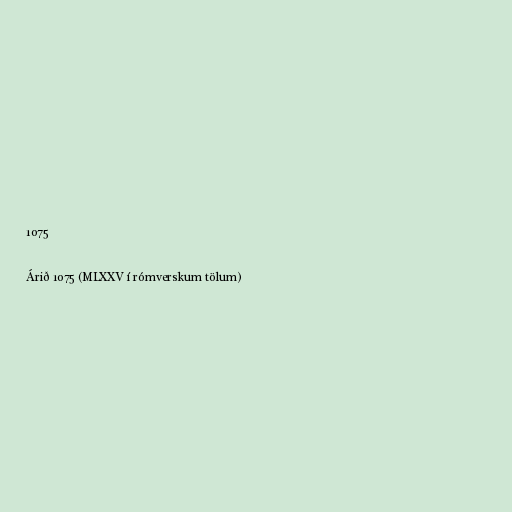
1075

Árið 1075 (MLXXV í rómverskum tölum)